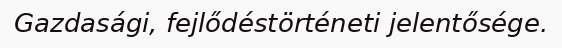
Gazdasági, fejlődéstörténeti jelentősége.